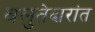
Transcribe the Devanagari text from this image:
बलुतेदारांत